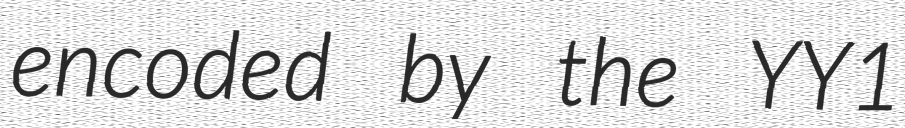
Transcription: encoded by the YY1